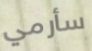
سأرمي